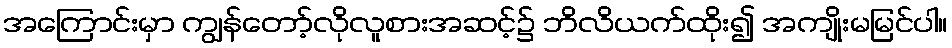
အကြောင်းမှာ ကျွန်တော့်လိုလူစားအဆင့်၌ ဘိလိယက်ထိုး၍ အကျိုးမမြင်ပါ။